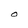
Character: O